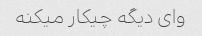
وای دیگه چیکار میکنه